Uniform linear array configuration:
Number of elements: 64
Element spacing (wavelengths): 0.25
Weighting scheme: uniform
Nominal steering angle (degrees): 30
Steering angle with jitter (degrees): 29.765
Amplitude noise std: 0.05
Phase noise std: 0.05

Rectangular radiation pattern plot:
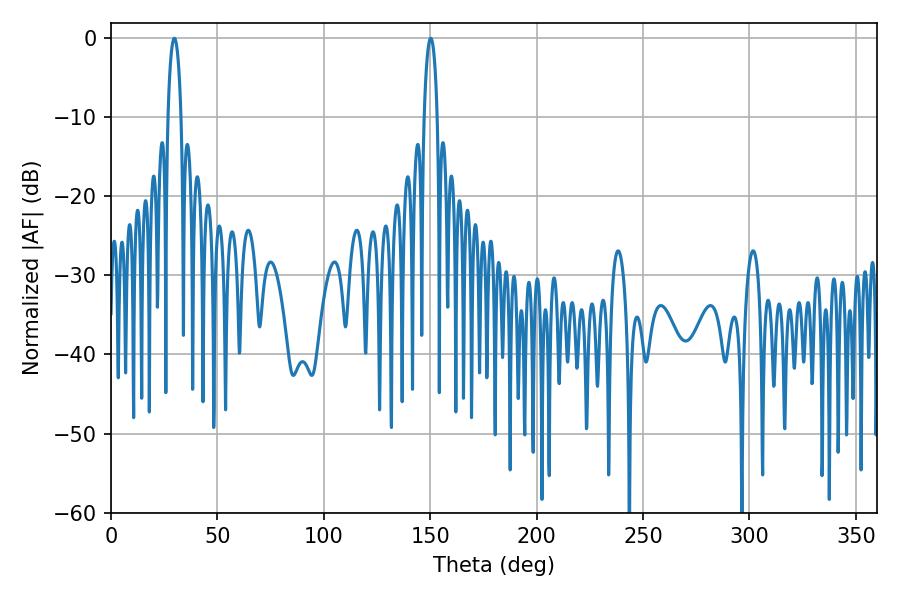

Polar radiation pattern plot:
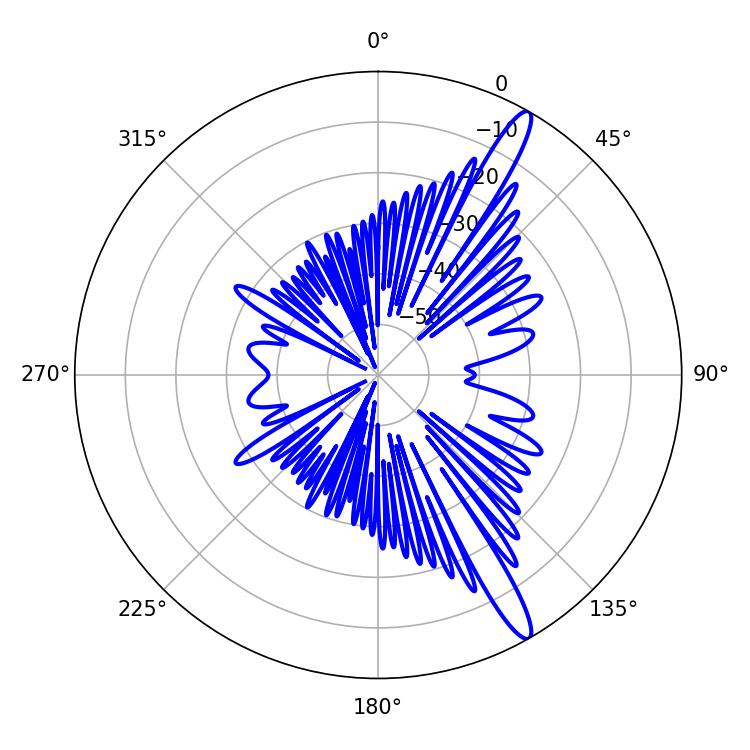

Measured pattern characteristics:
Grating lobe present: FALSE
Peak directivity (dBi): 14.492
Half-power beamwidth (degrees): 3.42
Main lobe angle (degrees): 29.7